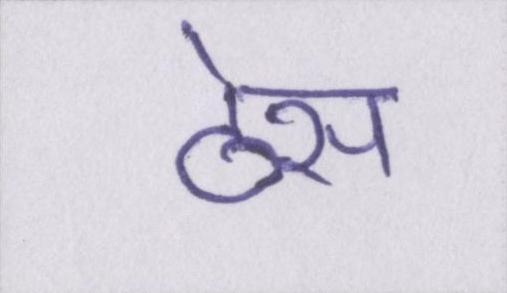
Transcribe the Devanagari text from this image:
ठेस